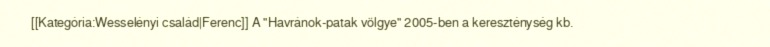
[[Kategória:Wesselényi család|Ferenc]] A "Havránok-patak völgye" 2005-ben a kereszténység kb.